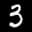
Label: 3